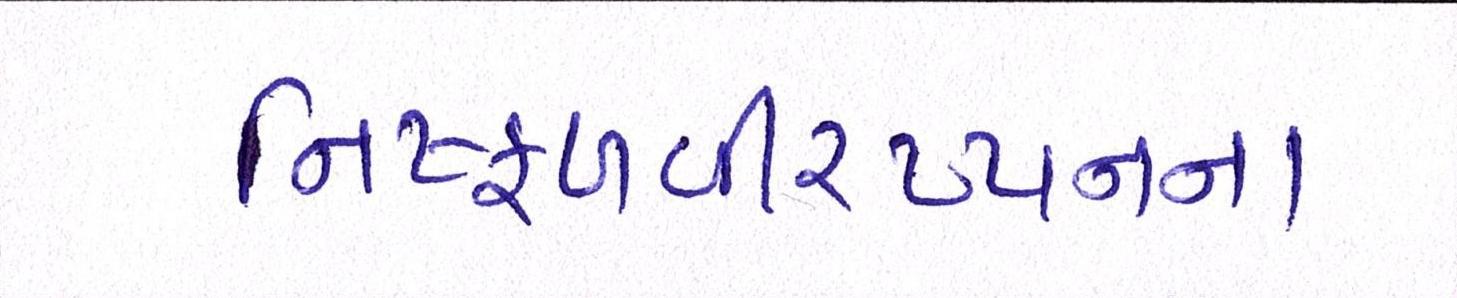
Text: નિષ્ફળવીરપ્પનના